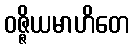
ဝဇ္ဇိယမာဟိတေ